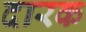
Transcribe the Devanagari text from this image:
दारक